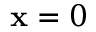
{ \bf x } = 0